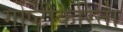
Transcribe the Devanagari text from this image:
गोष्टीकरिता